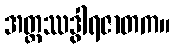
အတ္ထဿဒွါရဇာတက။